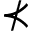
\nprec